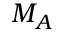
M _ { A }